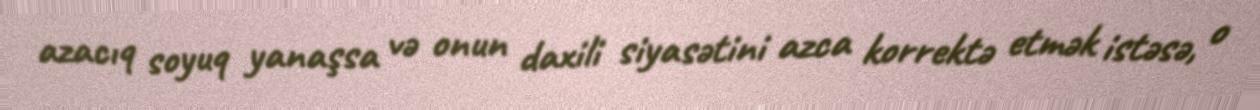
azacıq soyuq yanaşsa və onun daxili siyasətini azca korrektə etmək istəsə, o